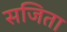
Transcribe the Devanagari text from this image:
सजिता